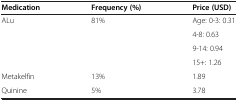
<table><thead><tr><td><b>Medication</b></td><td><b>Frequency (%)</b></td><td><b>Price (USD)</b></td></tr></thead><tbody><tr><td rowspan="4">ALu</td><td rowspan="4">81%</td><td>Age: 0-3: 0.31</td></tr><tr><td>4-8: 0.63</td></tr><tr><td>9-14: 0.94</td></tr><tr><td>15+: 1.26</td></tr><tr><td>Metakelfin</td><td>13%</td><td>1.89</td></tr><tr><td>Quinine</td><td>5%</td><td>3.78</td></tr></tbody></table>